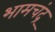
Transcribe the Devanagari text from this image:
भामचंद्र